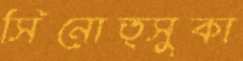
সিনোত্সুকা